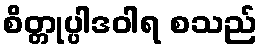
စိတ္တုပ္ပါဒဝါရ စသည်